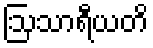
ဩသာရီယတိ